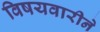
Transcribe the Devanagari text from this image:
विषयवारीने